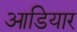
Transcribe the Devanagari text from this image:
आडियार